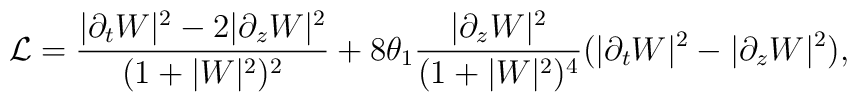
{\cal L}=\frac{|\partial_t W|^{2}-2 |\partial_z W|^{2}}{(1+|W|^{2})^{2}} +8\theta_{1}\frac{|\partial_z W|^{2}}{(1+|W|^{2})^{4}}     (|\partial_{t} W|^{2}-|\partial _{z} W|^{2}),